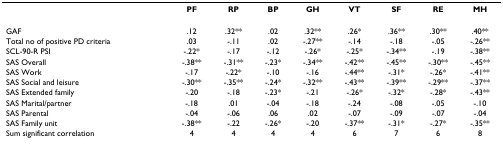
<table><thead><tr><td></td><td><b>PF</b></td><td><b>RP</b></td><td><b>BP</b></td><td><b>GH</b></td><td><b>VT</b></td><td><b>SF</b></td><td><b>RE</b></td><td><b>MH</b></td></tr></thead><tbody><tr><td>GAF</td><td>.12</td><td>.32**</td><td>.02</td><td>.32**</td><td>.26*</td><td>.36**</td><td>.30**</td><td>.40**</td></tr><tr><td>Total no of positive PD criteria</td><td>.03</td><td>-.11</td><td>.02</td><td>-.27**</td><td>-.14</td><td>-.18</td><td>-.05</td><td>-.26**</td></tr><tr><td>SCL-90-R PSI</td><td>-.22*</td><td>-.17</td><td>-.12</td><td>-.26*</td><td>-.25*</td><td>-.34**</td><td>-.19</td><td>-.38**</td></tr><tr><td>SAS Overall</td><td>-.38**</td><td>-.31**</td><td>-.23*</td><td>-.34**</td><td>-.42**</td><td>-.45**</td><td>-.30**</td><td>-.45**</td></tr><tr><td>SAS Work</td><td>-.17</td><td>-.22*</td><td>-.10</td><td>-.16</td><td>-.44**</td><td>-.31*</td><td>-.26*</td><td>-.41**</td></tr><tr><td>SAS Social and leisure</td><td>-.30**</td><td>-.35**</td><td>-.24*</td><td>-.32**</td><td>-.43**</td><td>-.39**</td><td>-.29**</td><td>-.37**</td></tr><tr><td>SAS Extended family</td><td>-.20</td><td>-.18</td><td>-.23*</td><td>-.21</td><td>-.26*</td><td>-.32*</td><td>-.28*</td><td>-.43**</td></tr><tr><td>SAS Marital/partner</td><td>-.18</td><td>.01</td><td>-.04</td><td>-.18</td><td>-.24</td><td>-.08</td><td>-.05</td><td>-.10</td></tr><tr><td>SAS Parental</td><td>-.04</td><td>-.06</td><td>.06</td><td>.02</td><td>-.07</td><td>-.09</td><td>-.07</td><td>-.04</td></tr><tr><td>SAS Family unit</td><td>-.38**</td><td>-.22</td><td>-.26*</td><td>-.20</td><td>-.37**</td><td>-.31*</td><td>-.27*</td><td>-.35**</td></tr><tr><td>Sum significant correlation</td><td>4</td><td>4</td><td>4</td><td>4</td><td>6</td><td>7</td><td>6</td><td>8</td></tr></tbody></table>